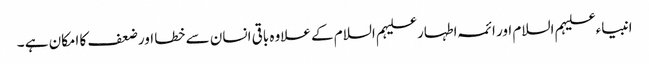
انبیاء علیہم السلام اور ائمہ اطہار علیہم السلام کے علاوہ باقی انسان سے خطا اور ضعف کا امکان ہے ۔